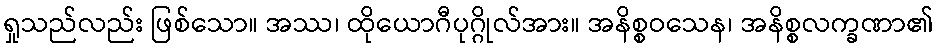
ရှုသည်လည်း ဖြစ်သော။ အဿ၊ ထိုယောဂီပုဂ္ဂိုလ်အား။ အနိစ္စဝသေန၊ အနိစ္စလက္ခဏာ၏